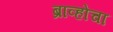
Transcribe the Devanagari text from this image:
ब्राव्होचा